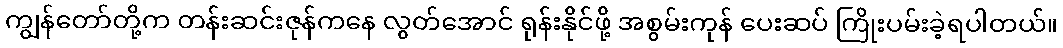
ကျွန်တော်တို့က တန်းဆင်းဇုန်ကနေ လွတ်အောင် ရုန်းနိုင်ဖို့ အစွမ်းကုန် ပေးဆပ် ကြိုးပမ်းခဲ့ရပါတယ်။